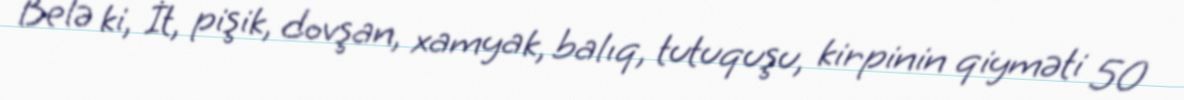
Belə ki, İt, pişik, dovşan, xamyak, balıq, tutuquşu, kirpinin qiyməti 50